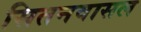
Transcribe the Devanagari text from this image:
सितनवासल